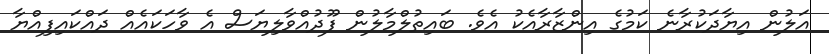
އަލުން އިޔާދަކުރާނެ ކަމުގެ އިންޒާރާއެކު އެވެ. ބައިތުލްމާލުން ފޫދުއްވާލިޔަސް އެ ވާހަކައެއް ދައްކައިފިއްޔާ